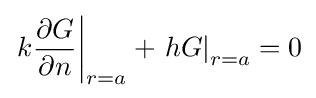
\left.k{\frac {\partial G}{\partial n}}\right|_{r=a}+\left.hG\right|_{r=a}=0